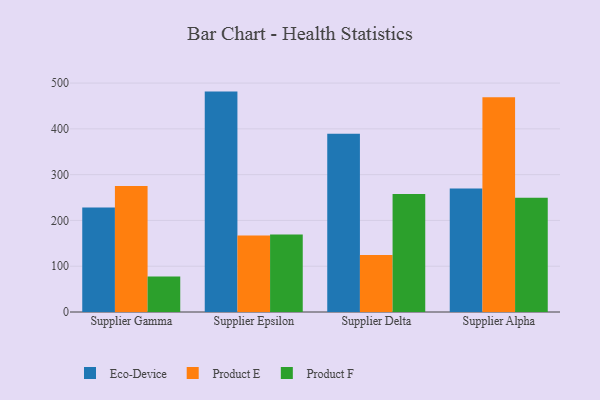
{"axis": {"x": "Supplier", "y": "Revenue (USD Million)"}, "legend": ["Eco-Device", "Product E", "Product F"], "data": [{"x": "Supplier Gamma", "y": 228.3, "type": "Eco-Device"}, {"x": "Supplier Gamma", "y": 275.1, "type": "Product E"}, {"x": "Supplier Gamma", "y": 77.5, "type": "Product F"}, {"x": "Supplier Epsilon", "y": 481.4, "type": "Eco-Device"}, {"x": "Supplier Epsilon", "y": 167.3, "type": "Product E"}, {"x": "Supplier Epsilon", "y": 169.5, "type": "Product F"}, {"x": "Supplier Delta", "y": 389.5, "type": "Eco-Device"}, {"x": "Supplier Delta", "y": 124.3, "type": "Product E"}, {"x": "Supplier Delta", "y": 257.5, "type": "Product F"}, {"x": "Supplier Alpha", "y": 269.6, "type": "Eco-Device"}, {"x": "Supplier Alpha", "y": 468.9, "type": "Product E"}, {"x": "Supplier Alpha", "y": 249.4, "type": "Product F"}]}